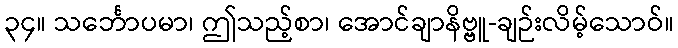
၃၄။ သင်္ဘောပမာ၊ ဤသည့်စာ၊ အောင်ချာနိဗ္ဗူ-ချဉ်းလိမ့်သောဝ်။